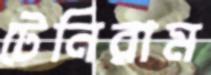
টেনিরাম